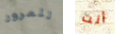
للمرور أنت